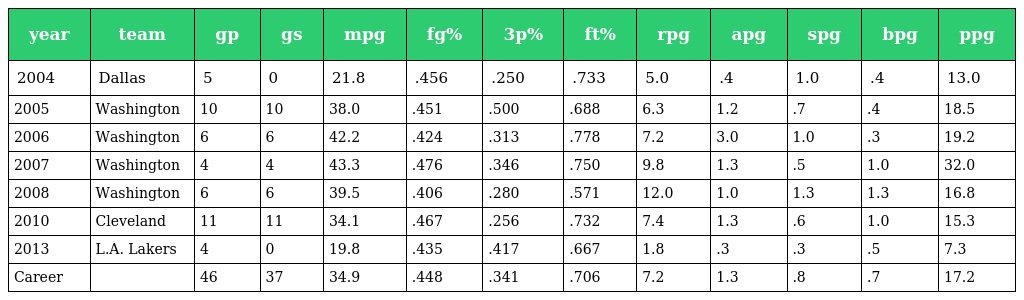
| year | team | gp | gs | mpg | fg% | 3p% | ft% | rpg | apg | spg | bpg | ppg |
 | --- | --- | --- | --- | --- | --- | --- | --- | --- | --- | --- | --- | --- |
 | 2004 | Dallas | 5 | 0 | 21.8 | .456 | .250 | .733 | 5.0 | .4 | 1.0 | .4 | 13.0 |
 | 2005 | Washington | 10 | 10 | 38.0 | .451 | .500 | .688 | 6.3 | 1.2 | .7 | .4 | 18.5 |
 | 2006 | Washington | 6 | 6 | 42.2 | .424 | .313 | .778 | 7.2 | 3.0 | 1.0 | .3 | 19.2 |
 | 2007 | Washington | 4 | 4 | 43.3 | .476 | .346 | .750 | 9.8 | 1.3 | .5 | 1.0 | 32.0 |
 | 2008 | Washington | 6 | 6 | 39.5 | .406 | .280 | .571 | 12.0 | 1.0 | 1.3 | 1.3 | 16.8 |
 | 2010 | Cleveland | 11 | 11 | 34.1 | .467 | .256 | .732 | 7.4 | 1.3 | .6 | 1.0 | 15.3 |
 | 2013 | L.A. Lakers | 4 | 0 | 19.8 | .435 | .417 | .667 | 1.8 | .3 | .3 | .5 | 7.3 |
 | Career |  | 46 | 37 | 34.9 | .448 | .341 | .706 | 7.2 | 1.3 | .8 | .7 | 17.2 |